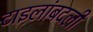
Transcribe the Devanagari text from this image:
टाइलांबदली